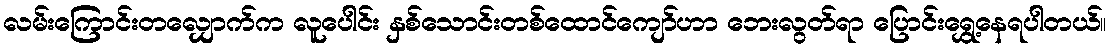
လမ်းကြောင်းတလျှောက်က လူပေါင်း နှစ်သောင်းတစ်ထောင်ကျော်ဟာ ဘေးလွတ်ရာ ပြောင်းရွှေ့နေရပါတယ်။